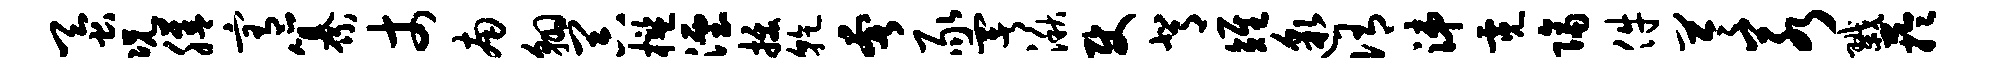
蚕况膳宥纂丈南翱器槛湮拔干奢豕署湫使背雉邈侑涕霓隔件苓若戮芋